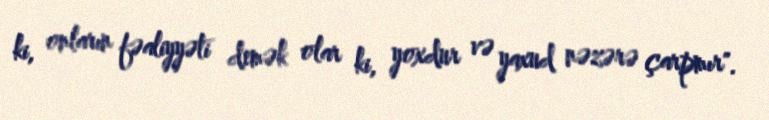
ki, onların fəaliyyəti demək olar ki, yoxdur və yaxud nəzərə çarpmır".